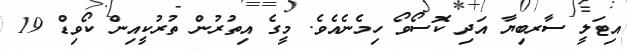
އިޓަލީ ސާރބިޔާ އަދި ކޮސޯވޯ ހިމެނެއެވެ. މީގެ އިތުރުން ތުރުކީއިން ކޯވިޑް 19